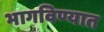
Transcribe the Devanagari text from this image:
भागविण्यात